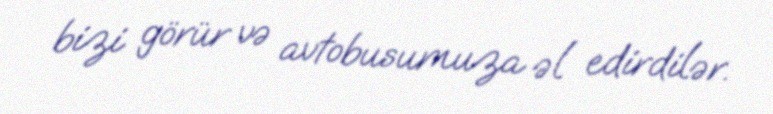
bizi görür və avtobusumuza əl edirdilər.